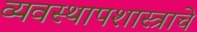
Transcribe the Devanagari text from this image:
व्यवस्थापशास्त्राचे